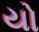
યો